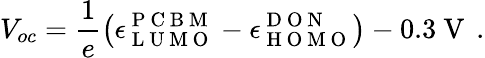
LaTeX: V_{oc}=\frac{1}{e}\left(\epsilon_{\mathrm{~L~U~M~O~}}^{\mathrm{~P~C~B~M~}}-\epsilon_{\mathrm{~H~O~M~O~}}^{\mathrm{~D~O~N~}}\right)-0.3\mathrm{~V~}\, .